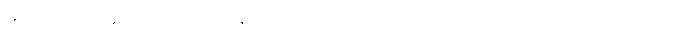
အသိ မိတ်ဆွေ တစ်ယောက်ယောက်၏ ရထား တစ်စီးတလေကို တွေ့ရလို တွေ့ရငြား